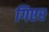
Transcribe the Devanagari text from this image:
गिएर